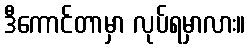
ဒီကောင်တာမှာ လုပ်ရမှာလား။